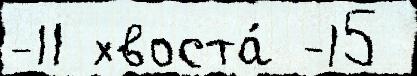
-11 хвоста́ -15